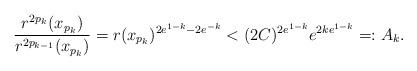
LaTeX: \begin{align*}\frac{r^{2p_k}(x_{p_k})}{r^{2p_{k-1}}(x_{p_k})}= r(x_{p_k})^{2e^{1-k}-2e^{-k}}< (2C)^{2e^{1-k}} e^{2ke^{1-k}}=:A_k.\end{align*}